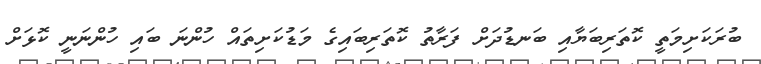
ބުރަކަށިމަތީ ކޮތަރިބަޔާއި ބަނޑުދަށް ފަރާތު ކޮތަރިބައިގެ މަޑުކަށިތައް ހުންނަ ބައި ހުންނަނީ ކޮޅަށް